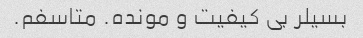
بسیلر بی کیفیت و مونده. ‌متاسفم.